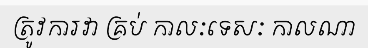
ត្រូវការវា គ្រប់ កាលៈទេសៈ កាលណា